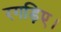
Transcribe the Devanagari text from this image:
रगड़िए।